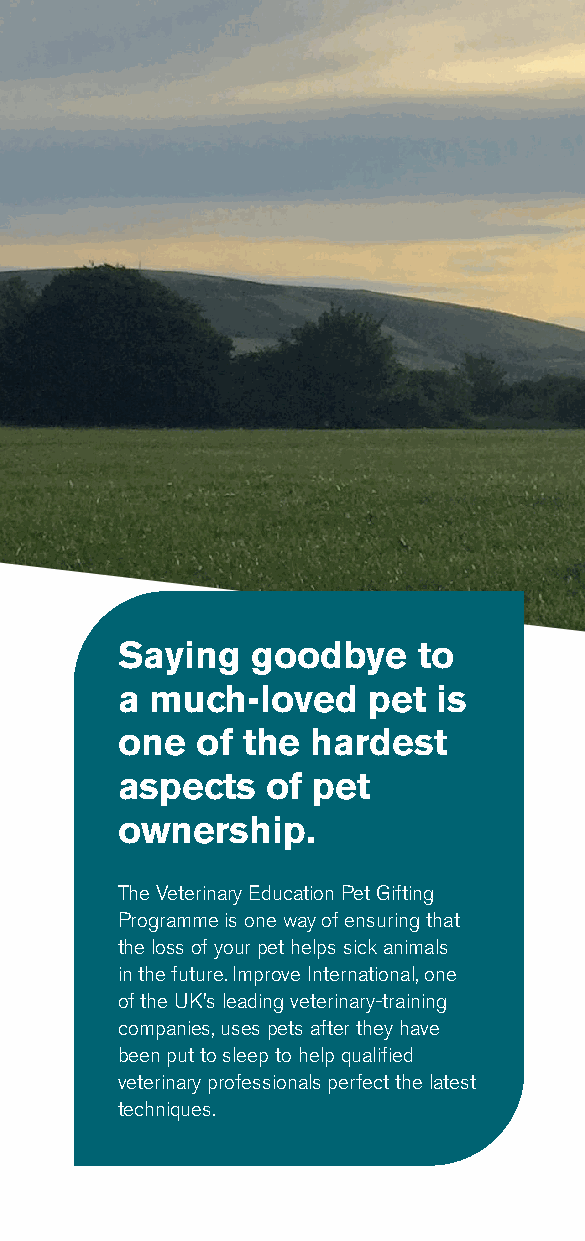
Saying   goodbye    to
 a much-loved    pet  is
 one  of the  hardest
 aspects   of pet
 ownership.
 The Veterinary Education Pet Gifting
 Programme is one way of ensuring that
 the loss of your pet helps sick animals
 in the future. Improve International, one
 of the UK’s leading veterinary-training
 companies, uses pets after they have
 been put to sleep to help qualified
 veterinary professionals perfect the latest
 techniques.